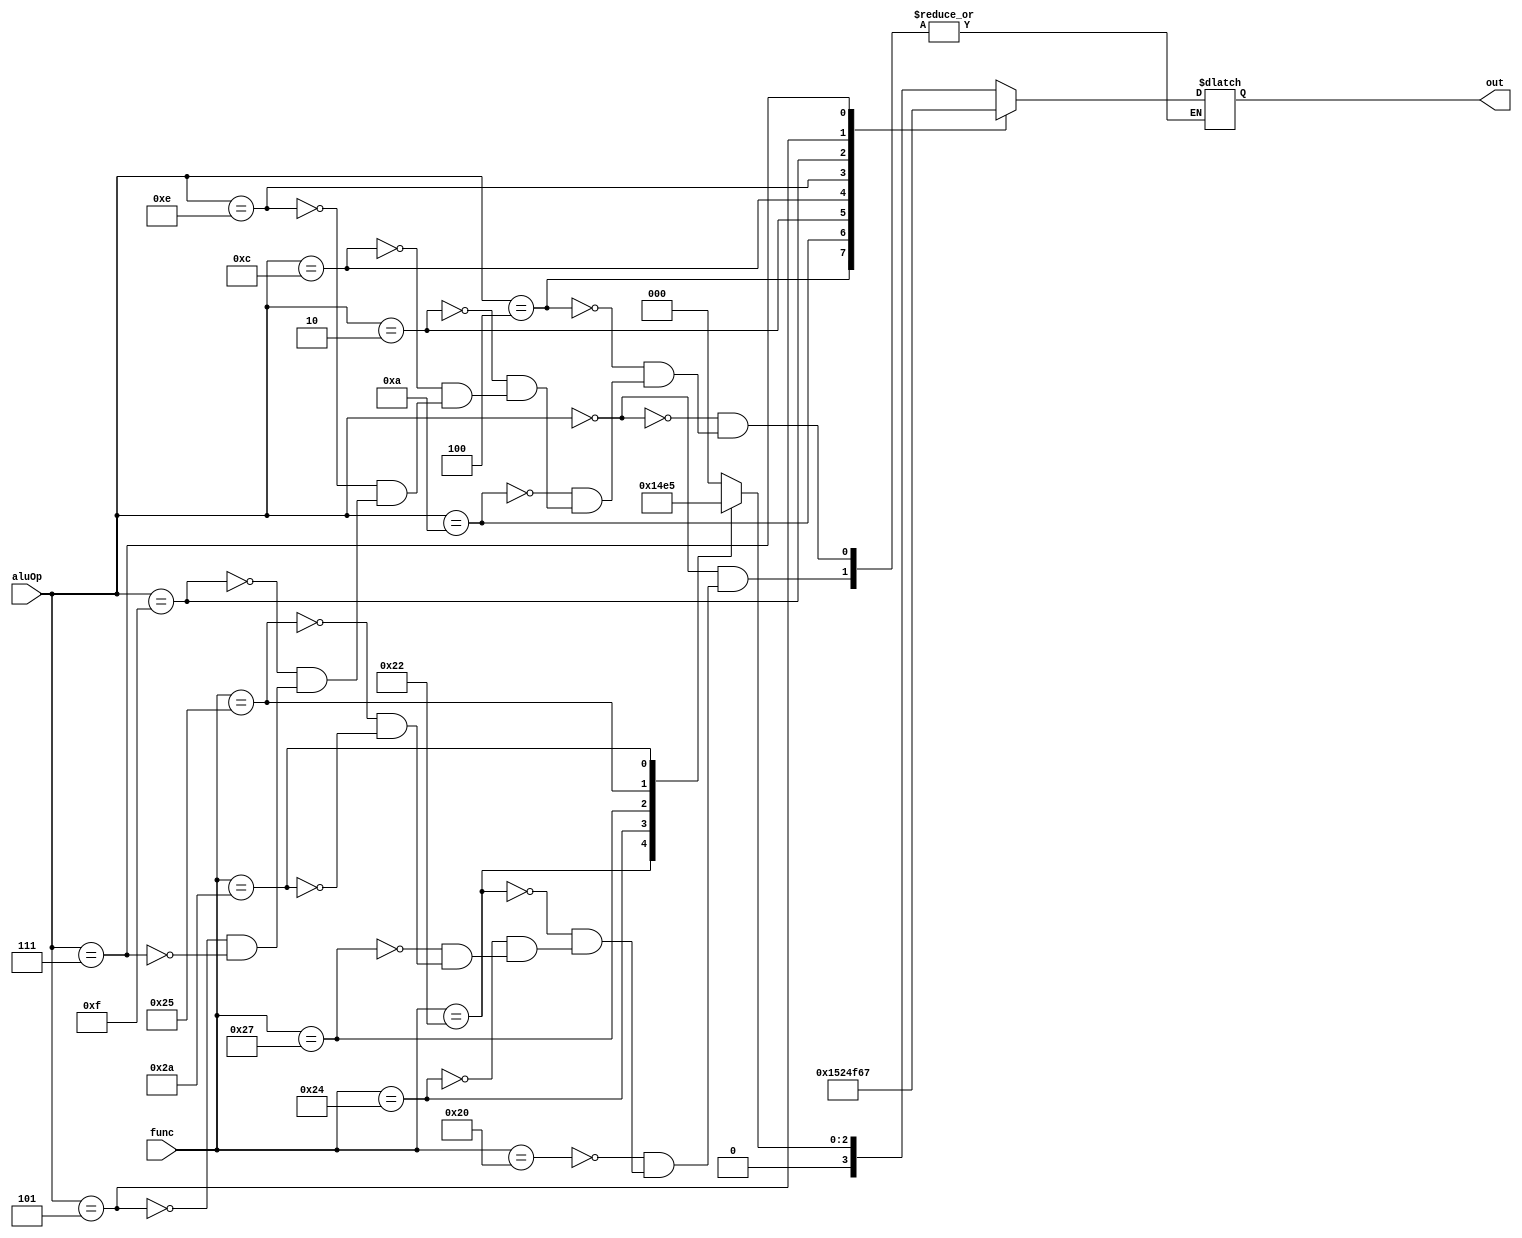
module ALU_Control(aluOp,func,out);
input wire [3:0] aluOp;
input wire [5:0] func;
output reg [3:0] out;

always @(*)
begin
case (aluOp)
	4'b0000: //R type
	begin
	case (func)
	6'b100000: out <= 4'b0000; //ADD
	6'b100010: out <= 4'b0001; //SUB
    6'b100100: out <= 4'b0010; //AND
	6'b100111: out <= 4'b0011; //NOR
    6'b100101: out <= 4'b0100; //OR
	6'b101010: out <= 4'b0101; //SLT
	endcase  
    end
	
		
    4'b0100: // I-type (addi, load y store)
	out <= 4'b0000; //ADD
    4'b1010: // I-type (subi)
	out <= 4'b0001; //SUB
	4'b0010: // I-type (slti)
	out <= 4'b0101; // SLT
	4'b1100: // I-type (andi)
	out <= 4'b0010; // AND
	4'b1110: // I-type (ori)
	out <= 4'b0100; // OR
	4'b1111: // I-type (bgez)
	out <= 4'b1111;
	4'b0101: // I-type (beq)
	out <= 4'b0110;
	4'b0111: // I-type (bneq)
	out <= 4'b0111;
	

endcase
end

endmodule